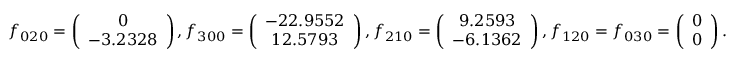
f _ { 0 2 0 } = \left( \begin{array} { c } { 0 } \\ { - 3 . 2 3 2 8 } \end{array} \right) , f _ { 3 0 0 } = \left( \begin{array} { c } { - 2 2 . 9 5 5 2 } \\ { 1 2 . 5 7 9 3 } \end{array} \right) , f _ { 2 1 0 } = \left( \begin{array} { c } { 9 . 2 5 9 3 } \\ { - 6 . 1 3 6 2 } \end{array} \right) , f _ { 1 2 0 } = f _ { 0 3 0 } = \left( \begin{array} { c } { 0 } \\ { 0 } \end{array} \right) .